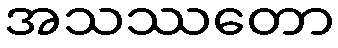
အသဿတော